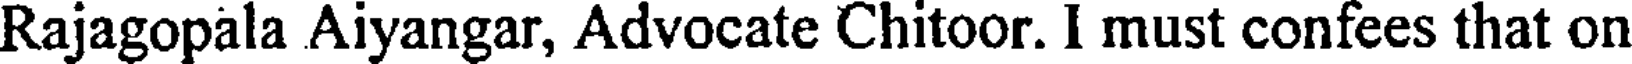
Rajagopala Aiyangar, Advocate Chitoor. I must confees that on